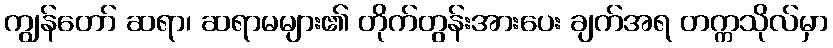
ကျွန်တော် ဆရာ၊ ဆရာမများ၏ တိုက်တွန်းအားပေး ချက်အရ တက္ကသိုလ်မှာ